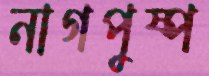
নাগপুষ্প